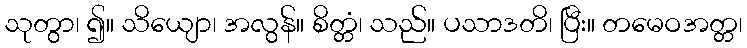
သုတွာ၊ ၍။ သိယျော၊ အလွန်။ စိတ္တံ၊ သည်။ ပသာဒတိ၊ ပြီး။ တမေဝအတ္တ၊